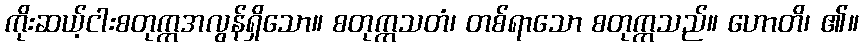
ကိုးဆယ့်ငါးစတုက္ကအလွန်ရှိသော။ စတုက္ကသတံ၊ တစ်ရာသော စတုက္ကသည်။ ဟောတိ၊ ၏။